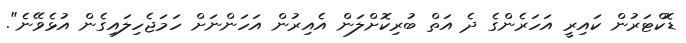
ޑޮކްޓަރުން ކައިރީ އަހަރެންގެ ދެ އަތް ބުރިކޮށްލަން އެއިރުން އަހަންނަށް ހަމަޖެހިލައިގެން އުޅެވޭނެ".